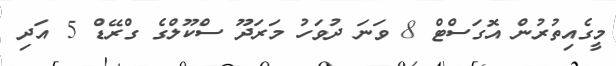
މީގެއިތުރުން އޮގަސްޓް 8 ވަނަ ދުވަހު މަރަދޫ ސްކޫލްގެ ގްރޭޑް 5 އަދި